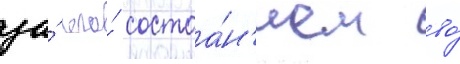
за́ его́ состоа́н'ием во́